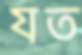
যত